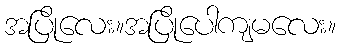
အပြိုလေး။အပြိုပေါကျမလေး။